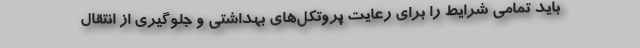
باید تمامی شرایط را برای رعایت پروتکل‌های بهداشتی و جلوگیری از انتقال